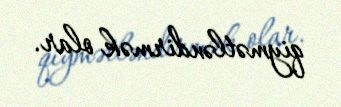
qiymətləndirmək olar.